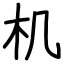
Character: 机